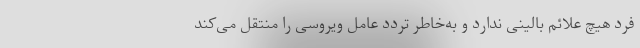
فرد هیچ علائم بالینی ندارد و به‌خاطر تردد عامل ویروسی را منتقل می‌کند